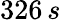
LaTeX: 326\, s